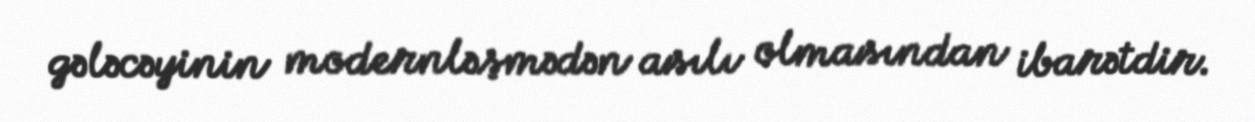
gələcəyinin modernləşmədən asılı olmasından ibarətdir.